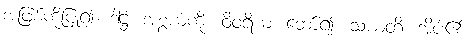
အဖြစ်ကိုပြု၍။ ဒါဋ္ဌံ၊ အစွယ်ကို။ ဝိဝရိယ၊ ဘော်၍။ သယတိ၊ အိပ်၏။